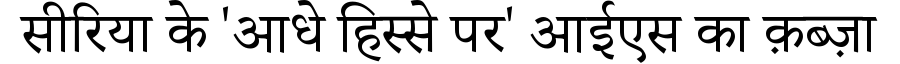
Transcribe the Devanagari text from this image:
सीरिया के 'आधे हिस्से पर' आईएस का क़ब्ज़ा